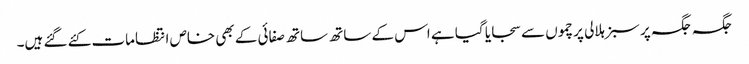
جگہ جگہ پر سبز ہلالی پرچموں سے سجایا گیا ہے اس کے ساتھ ساتھ صفائی کے بھی خاص انتظامات کئے گئے ہیں۔